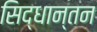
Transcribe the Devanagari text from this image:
सिद्धान्तन